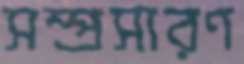
সম্প্রসারণ